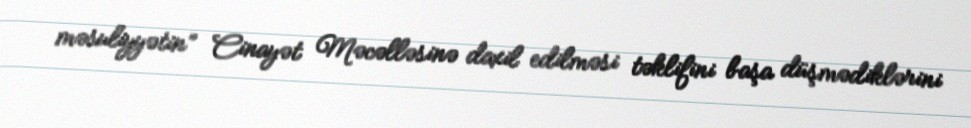
məsuliyyətin” Cinayət Məcəlləsinə daxil edilməsi təklifini başa düşmədiklərini